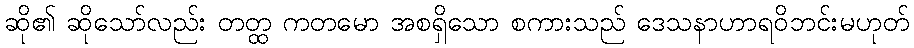
ဆို၏ ဆိုသော်လည်း တတ္ထ ကတမော အစရှိသော စကားသည် ဒေသနာဟာရဝိဘင်းမဟုတ်